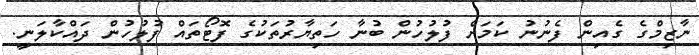
ނާޒިމްގެ ގެއިން ފެނުނު ކަމަށް ފުލުހުން ބުނާ ހަތިޔާރުތަކުގެ ފޮޓޯތައް ފުލުހުން ދައްކާލަނީ.